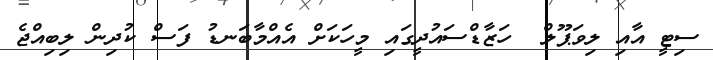
ސިޓީ އާއި ލިވަޕޫލް  ހަޒާޑްސައުދީގައި މީހަކަށް އެއްމާބަނޑު ފަސް ކުދިން ލިބިއްޖެ